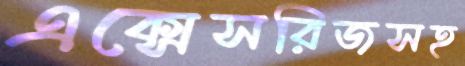
এক্সেসরিজসহ